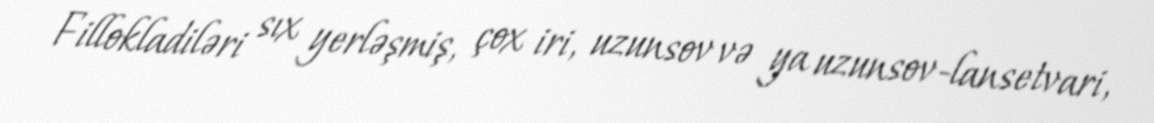
Fillokladiləri sıx yerləşmiş, çox iri, uzunsov və ya uzunsov-lansetvari,